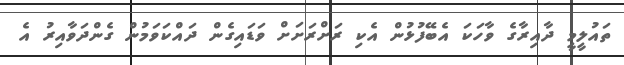
ތައުލީމީ ދާއިރާގެ ވާހަކަ އެބޭފުޅުން އެކި ރަށްރަށަށް ވަޑައިގެން ދައްކަވަމުން ގެންދަވާއިރު އެ